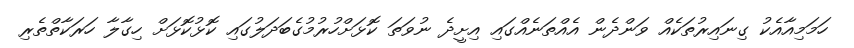
ހަމަމިއާއެކު ގިނައިރުތަކެއް ވަންދެން އެއްތަނެއްގައި އިށީދެ ނުވަތަ ކޮޅަށްހުރުމުގެބަދަލުގައި ކޮޅުކޮޅަށް ހިގާލާ ހަރަކާތްތެރި